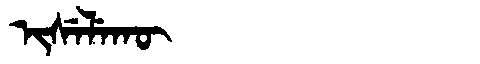
Manchu: ᡳᠰᡝᠯᡝᡴᡡ
Romanization: ISELEKŪ